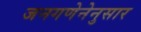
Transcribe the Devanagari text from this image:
जनगणेनेनुसार